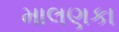
માલણકા